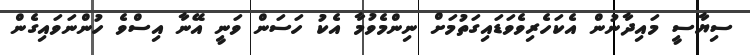
ސިޔާސީ މައިދާނުން އެކަހެރިވެވަޑައިގަތުމަށް ނިންމެވުމާ އެކު ހަސަން ވަނީ އޭނާ އިސްވެ ހުންނަވައިގެން